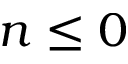
n \le 0